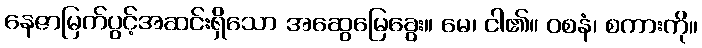
နေဇာမြက်ပွင့်အဆင်းရှိသော အဆွေမြေခွေး။ မေ၊ ငါ၏။ ဝစနံ၊ စကားကို။